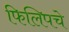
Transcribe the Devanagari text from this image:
फिलिपचे